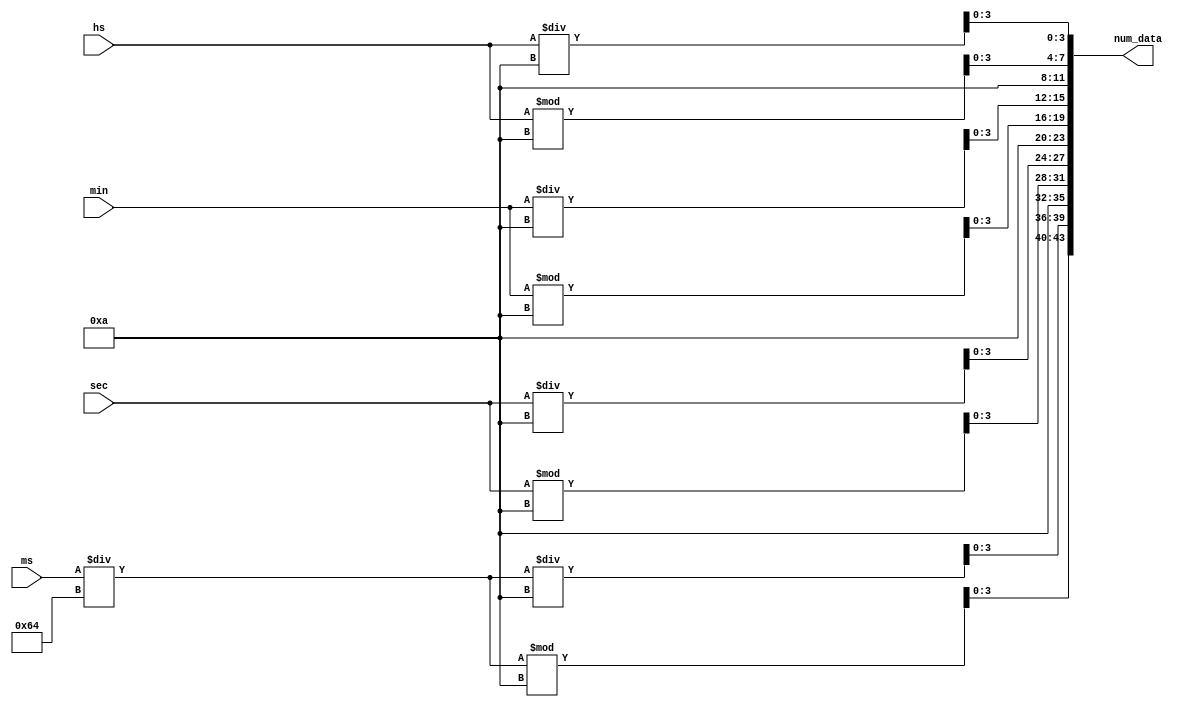
module number2digit(ms, sec, min, hs, num_data);
	input [14:0] ms ;
	input [6:0] sec ;
	input [6:0] min ;
	input [6:0] hs ;
	
	output [43:0] num_data;
	
	assign num_data[0+:4] = hs / 10;
	assign num_data[4+:4] = hs % 10;
	assign num_data[8+:4] = 10;
	assign num_data[12+:4] = min / 10;
	assign num_data[16+:4] = min % 10;
	assign num_data[20+:4] = 10;
	assign num_data[24+:4] = sec / 10;
	assign num_data[28+:4] = sec % 10;
	assign num_data[32+:4] = 10;
	assign num_data[36+:4] = (ms / 100) / 10;
	assign num_data[40+:4] = (ms / 100) % 10;

endmodule